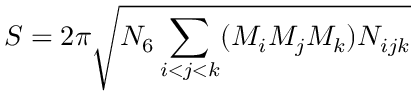
S = 2 \pi \sqrt { N _ { 6 } \sum _ { i < j < k } ( M _ { i } M _ { j } M _ { k } ) N _ { i j k } }